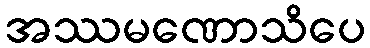
အဿမဏောသိပေ